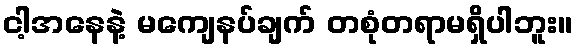
ငါ့အနေနဲ့ မကျေနပ်ချက် တစုံတရာမရှိပါဘူး။